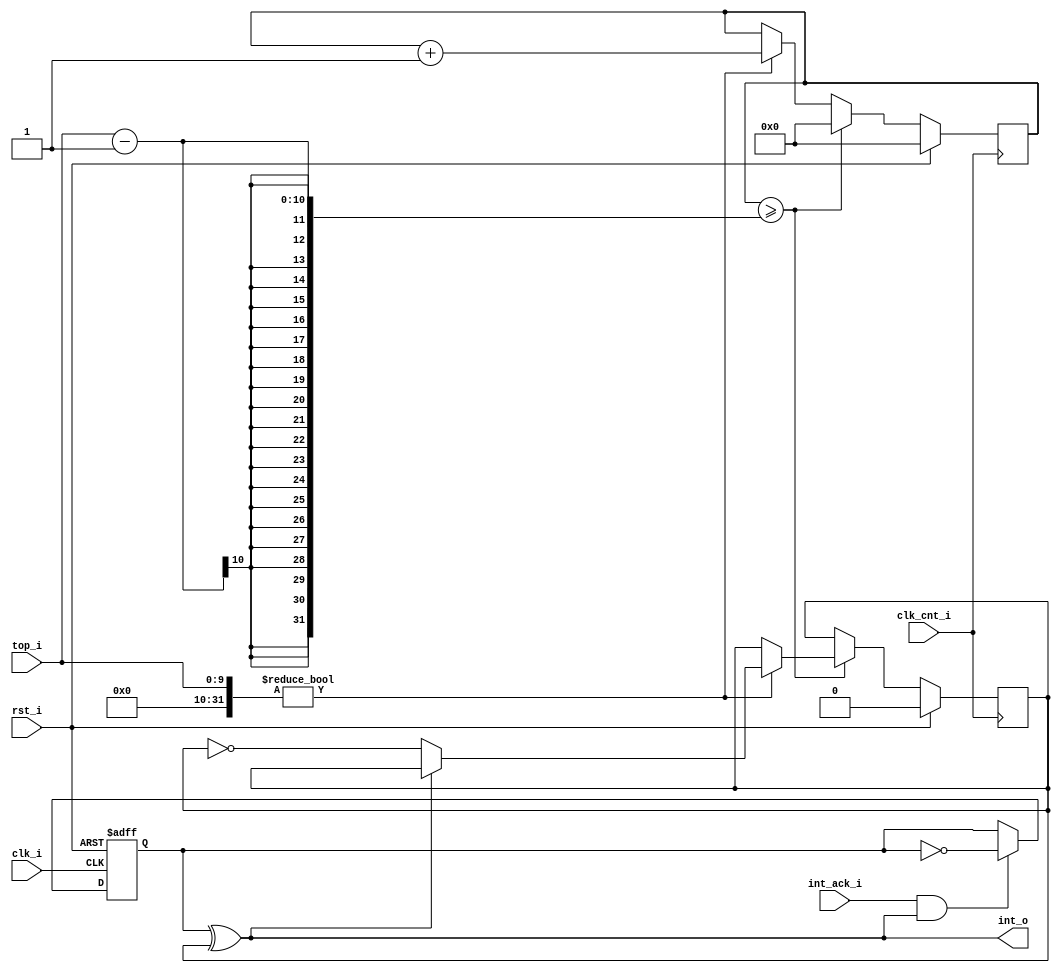
/*
 * This IP is the RTC timmer implementation.
 * 
 * Copyright (C) 2018  Iulian Gheorghiu (morgoth@devboard.tech)
 * 
 * This program is free software; you can redistribute it and/or
 * modify it under the terms of the GNU General Public License
 * as published by the Free Software Foundation; either version 2
 * of the License, or (at your option) any later version.
 * 
 * This program is distributed in the hope that it will be useful,
 * but WITHOUT ANY WARRANTY; without even the implied warranty of
 * MERCHANTABILITY or FITNESS FOR A PARTICULAR PURPOSE.  See the
 * GNU General Public License for more details.
 * 
 * You should have received a copy of the GNU General Public License
 * along with this program; if not, write to the Free Software
 * Foundation, Inc., 51 Franklin Street, Fifth Floor, Boston, MA  02110-1301, USA.
 */

`timescale 1ns / 1ps

module rtc #(
	parameter PERIOD_STATIC = 0,
	parameter CNT_SIZE = 10
	)(
	input rst_i,
	input clk_i,
	input clk_cnt_i,
	input [CNT_SIZE - 1:0]top_i,
	output int_o,
	input int_ack_i
	);

reg int_rst_int_p;
reg int_rst_int_n;

reg [CNT_SIZE-1:0]CNT;

always @ (posedge clk_i or posedge rst_i)
begin
	if(rst_i)
		int_rst_int_n <= 'h0;
	else if(int_ack_i & int_o)
		int_rst_int_n <= ~int_rst_int_n;
end

always @ (posedge clk_cnt_i)
begin
	if(rst_i)
	begin
		CNT <= 'h00;
		int_rst_int_p <= 'h0;
	end
	else
	begin
		if(CNT >= (PERIOD_STATIC != 0 ? PERIOD_STATIC : top_i) - 1)
		begin
			CNT <= 'h0;
			if((PERIOD_STATIC != 0 ? PERIOD_STATIC : top_i))
			begin
				if(~int_o)
				begin
					int_rst_int_p <= ~int_rst_int_p;
				end
			end
		end
		else if((PERIOD_STATIC != 0 ? PERIOD_STATIC : top_i))
		begin
			CNT <= CNT + 1;
		end
	end
end
 
assign int_o = int_rst_int_n ^ int_rst_int_p;

endmodule